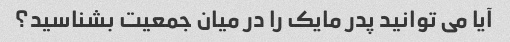
آیا می توانید پدر مایک را در میان جمعیت بشناسید؟